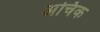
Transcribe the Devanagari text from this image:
अचिक